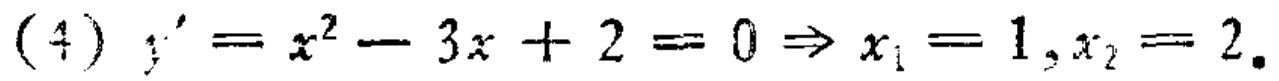
\((4) y' = x^{2}-3x + 2 = 0\Rightarrow x_{1}=1,x_{2}=2.\)